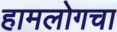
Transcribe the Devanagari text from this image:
हामलोगचा